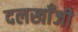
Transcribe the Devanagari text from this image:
दलखाँजी